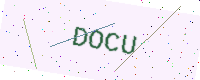
Text: DOCU